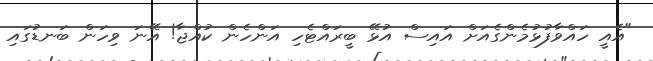
"އެއީ ހައްވާފުޅުމެންގެއަށް އައިސް އުޅޭ ބީރައްޓެހި އަންހެން ކުއްޖާ! އޭނަ ވިހަން ބަނޑުގައި